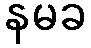
နမခ